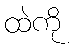
ထဲကို